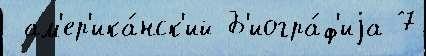
 ам'ер'ика́нск'ий Б'иогра́ф'иjа 7